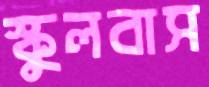
স্কুলবাস